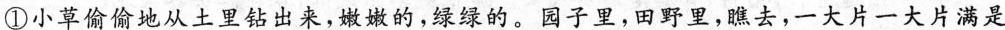
①小草偷偷地从土里钻出来，嫩嫩的，绿绿的。园子里，田野里，瞧去，一大片一大片满是